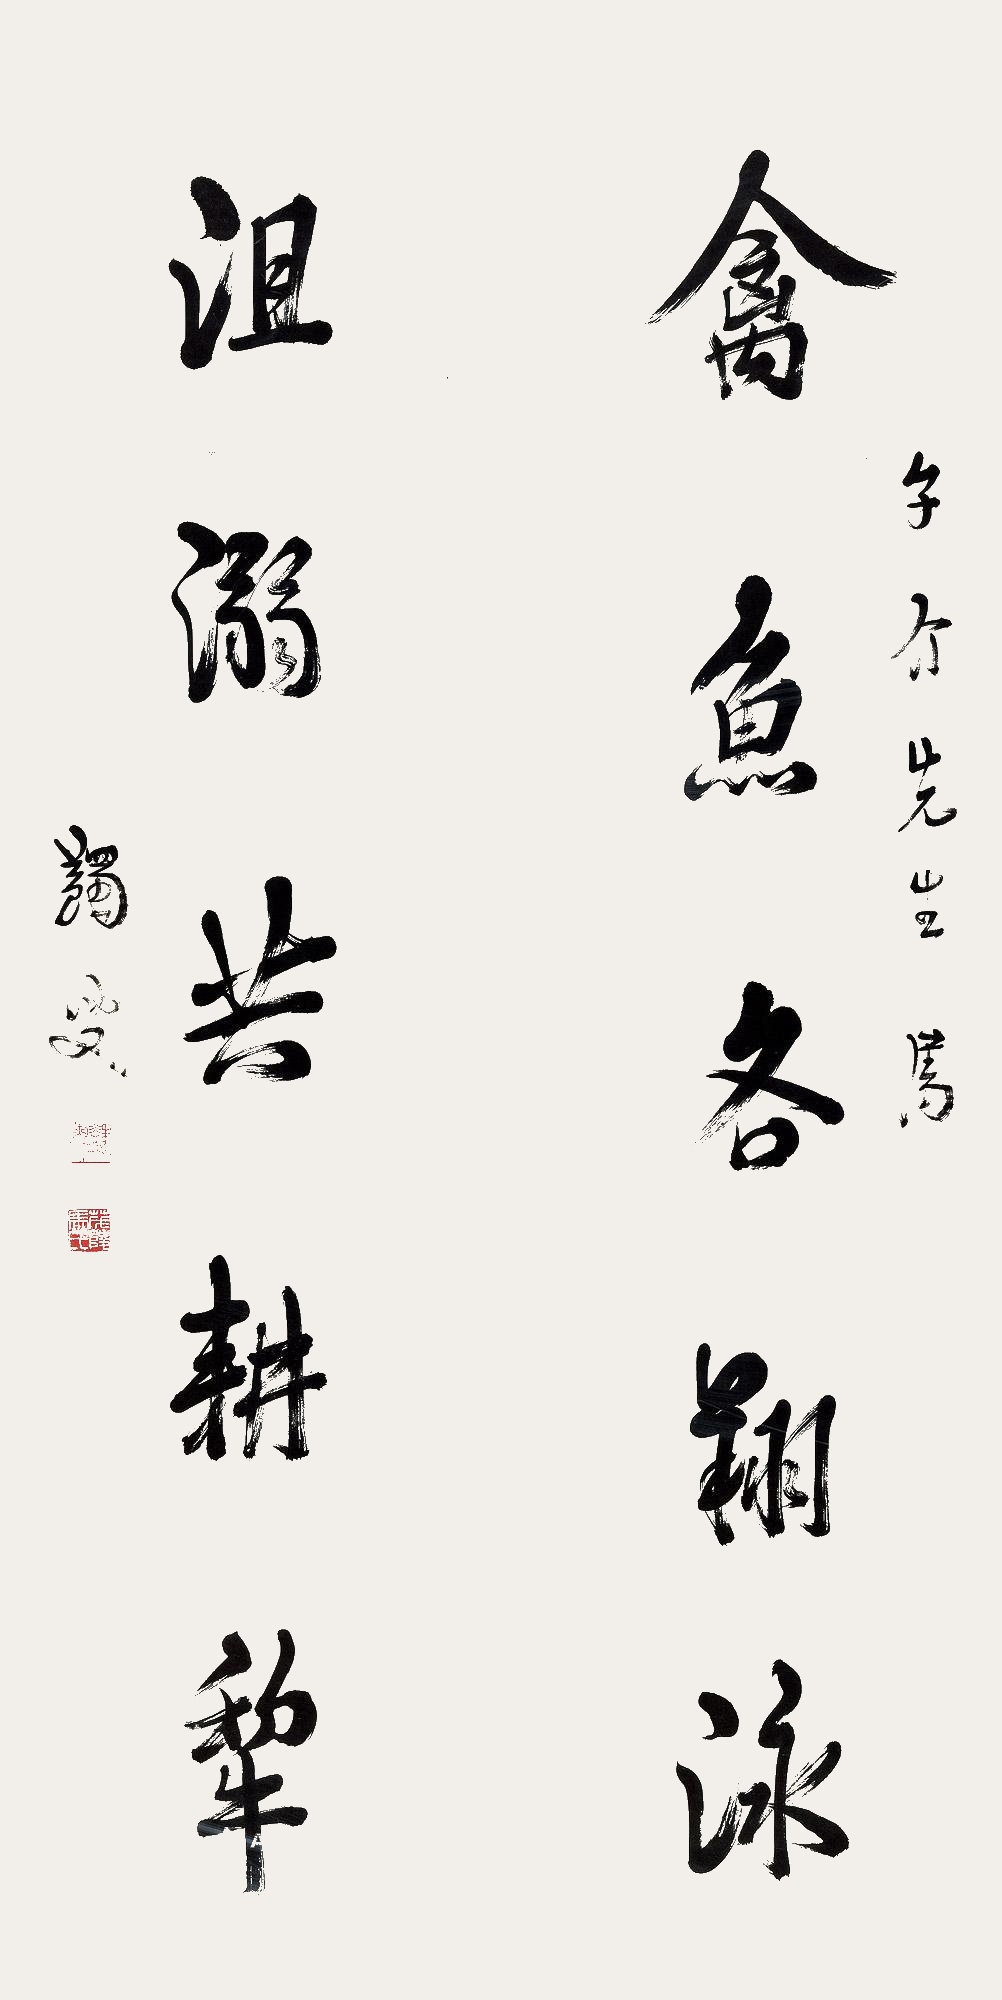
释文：禽鱼各翔泳，沮溺共耕犁。子介先生属。蠲叟。